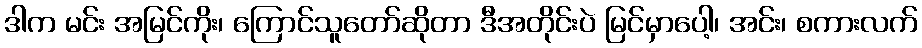
ဒါက မင်း အမြင်ကိုး၊ ကြောင်သူတော်ဆိုတာ ဒီအတိုင်းပဲ မြင်မှာပေါ့၊ အင်း၊ စကားလက်